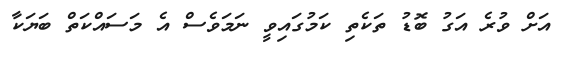
އަށް ވުރެ އަގު ބޮޑު ތަކެތި ކަމުގައިވީ ނަމަވެސް އެ މަސައްކަތް ބަޔަކާ